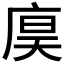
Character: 𪪙